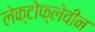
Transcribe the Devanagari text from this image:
लेक्टोफ्लेवीन